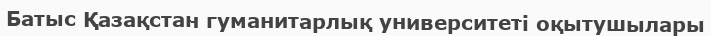
Батыс Қазақстан гуманитарлық университеті оқытушылары